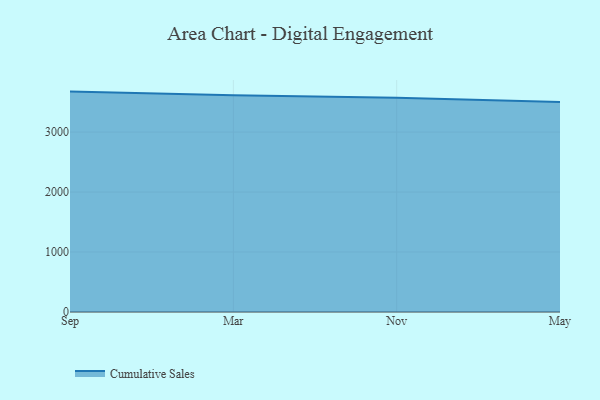
{"axis": {"x": "Month", "y": "Headcount"}, "legend": ["Cumulative Sales"], "data": [{"x": "Sep", "y": 3674.8, "type": "Cumulative Sales"}, {"x": "Mar", "y": 3615.1, "type": "Cumulative Sales"}, {"x": "Nov", "y": 3570.3, "type": "Cumulative Sales"}, {"x": "May", "y": 3503.3, "type": "Cumulative Sales"}]}